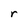
Character: r